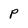
Character: p